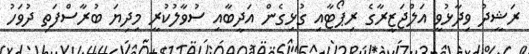
ރަޝީދު ވިދާޅުވީ އަލްޖަޒީރާގެ ރިޕޯޓާއި ގުޅިގެން އަދީބާއި ސުވާލުކުރީ މިދިޔަ ބުރާސްފަތި ދުވަހު